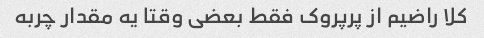
کلا راضیم از پرپروک فقط بعضی وقتا یه مقدار چربه